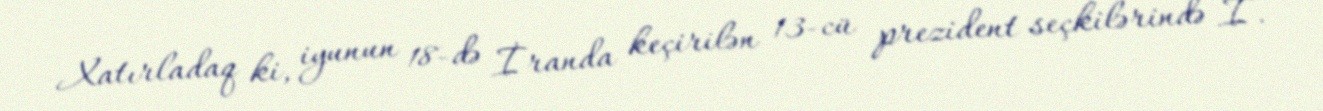
Xatırladaq ki, iyunun 18-də İranda keçirilən 13-cü prezident seçkilərində İ.